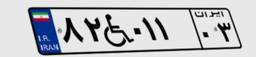
۵۷W۷۱۰۵۲